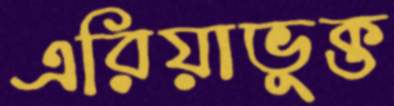
এরিয়াভুক্ত